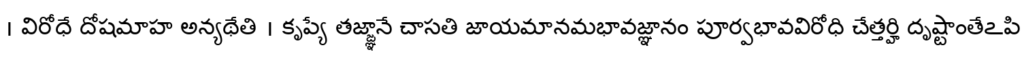
। విరోధే దోషమాహ అన్యథేతి । కృప్యే తజ్జ్ఞానే చాసతి జాయమానమభావజ్ఞానం పూర్వభావవిరోధి చేత్తర్హి దృష్టాంతేఽపి